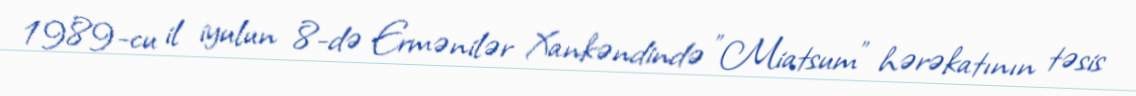
1989-cu il iyulun 8-də Ermənilər Xankəndində "Miatsum" hərəkatının təsis